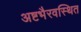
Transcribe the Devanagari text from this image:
अष्टभैरवस्थित